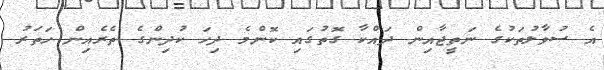
އެ ސުވާލުތަކުގެ ނަތީޖާއިން ދައްކާ ގޮތުގައި ކޮންމެ ދިހަ ކުދިންގެ ތެރެއިން ހަތަރު